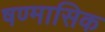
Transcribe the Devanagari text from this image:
षण्मासिक